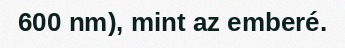
600 nm), mint az emberé.